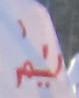
يم